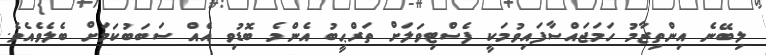
ލިބޭނެ އިންތިޒާމު ހަމަޖައްސާފައިވުމަކީ ފެސްޓިވަލަށް ތަރްޙީބު އެންމެ ބޮޑުވި އެއް ސަބަބުކަމަށް ބެލެވެއެވެ.